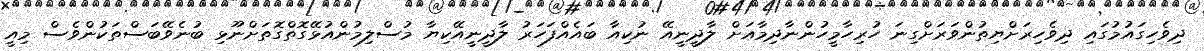
ދިވެހިގައުމުގައި ދިވެހިރަށްޔިތުންވަރަށްގިނަ ހުރިހާމީހުންނާދިމާއަށް ލާދީނީއޭ ނުކިއާ ބައެއްފަހަރު ލާދީނީއޭކިޔާ މުސްލިމުންއުޅޭގޮތްގޮތަށްނޫޅި ބުނެވޭބަސްތަކުންވެސް މިއީ